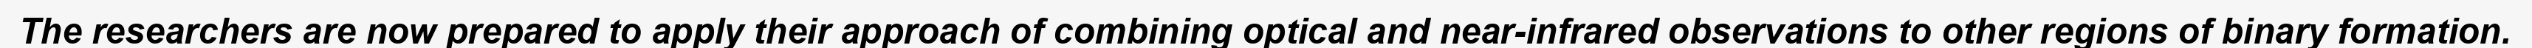
The researchers are now prepared to apply their approach of combining optical and near-infrared observations to other regions of binary formation.